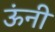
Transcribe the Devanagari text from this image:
ऊंनी